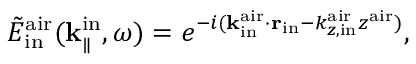
\tilde { E } _ { \mathrm { i n } } ^ { \mathrm { a i r } } ( { \bf k } _ { \parallel } ^ { \mathrm { i n } } , \omega ) = e ^ { - i ( { \bf k } _ { \mathrm { i n } } ^ { \mathrm { a i r } } \cdot { \bf r } _ { \mathrm { i n } } - k _ { z , \mathrm { i n } } ^ { \mathrm { a i r } } z ^ { \mathrm { a i r } } ) } ,